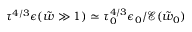
\tau ^ { 4 / 3 } \epsilon ( { \tilde { w } } \gg 1 ) \simeq \tau _ { 0 } ^ { 4 / 3 } \epsilon _ { 0 } / \mathcal { E } ( { \tilde { w } } _ { 0 } )